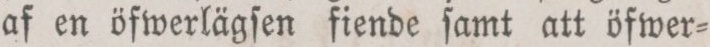
af en öfwerlägſen fiende ſamt att öfwer=